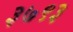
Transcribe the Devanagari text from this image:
३७९३